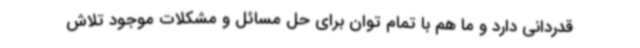
قدردانی دارد و ما هم با تمام توان برای حل مسائل و مشکلات موجود تلاش